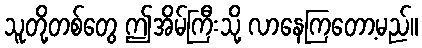
သူတို့တစ်တွေ ဤအိမ်ကြီးသို့ လာနေကြတော့မည်။